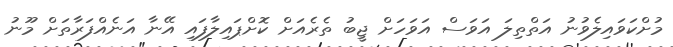
މުށްކަވައިލެވުނު އަތްތިލަ އަވަސް އަވަހަށް ޖީބު ތެރެއަށް ކޮށްޕައިލާފައި އޭނާ އަނެއްފަރާތަށް މޫނު